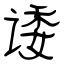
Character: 诿